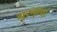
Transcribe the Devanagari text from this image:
गुरुकृपां